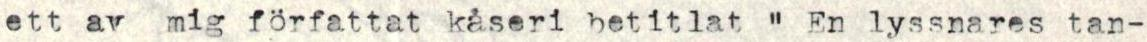
ett av mig författat kåseri betitlat " En lyssnares tan-